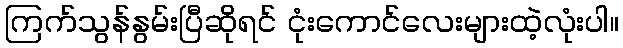
ကြက်သွန်နွမ်းပြီဆိုရင် ငုံးကောင်လေးများထဲ့လုံးပါ။